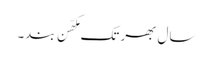
سال بھر تک مکھّن بند۔